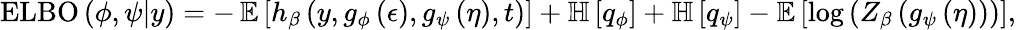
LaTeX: \begin{array}{r}{\operatorname{ELBO}\left(\phi,\psi\vert y\right)=-\operatorname{\mathbb{E}}\left[h_{\beta}\left(y,g_{\phi}\left(\epsilon\right),g_{\psi}\left(\eta\right),t\right)\right]+\mathbb{H}\left[q_{\phi}\right]+\mathbb{H}\left[q_{\psi}\right]-\mathbb{E}\left[\log\left(Z_{\beta}\left(g_{\psi}\left(\eta\right)\right)\right)\right],}\end{array}